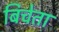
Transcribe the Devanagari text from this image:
बिचेता